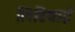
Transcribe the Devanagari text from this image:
लिब्रियाई